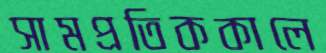
সামপ্রতিককালে